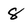
Character: 8